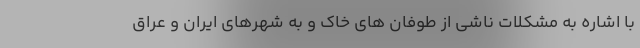
با اشاره به مشکلات ناشی از طوفان های خاک و به شهرهای ایران و عراق